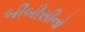
બીબીસીનો